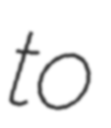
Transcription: to